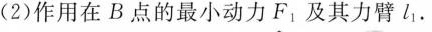
(2)作用在B点的最小动力F_{1}。及其力臂l_{1}。